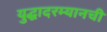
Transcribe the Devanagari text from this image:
युद्धादरम्यानची